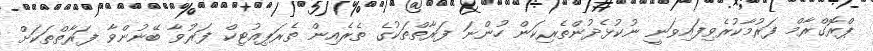
ޕްރޮގްރާމް ފަރުމާކުރެވިފައިވަނީ ނުކުޅެދުންތެރިކަން ހުންނަ ފަރާތްތަކުގެ ތެރެއިން ތެރަޕިއުޓިކް ފަރުވާ ބޭނުންވާ ފަރާތްތަކަށް